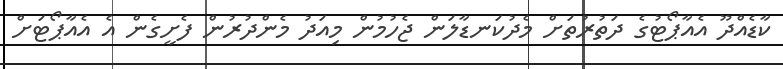
ކާޑެއްދޫ އެއާޕޯޓުގެ ދަތުރުތަށް މެދުކަނޑާލަން ޖެހުމުން މިއަދު މެންދުރުން ފެށީގެން އެ އެއާޕޯޓަށް